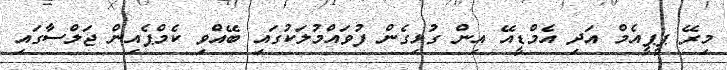
މިރޭ ޕީޕީއެމް އަދި އެމްޑީއޭ އިން ގުޅިގެން ފުވައްމުލަކުގައި ބޭއްވި ކެމްޕެއިން ޖަލްސާގައި